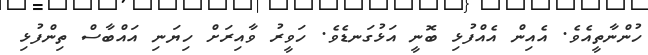
ހުންނާތީއެވެ. އެއިން އެއްފުޅި ބޮނީ އަޅުގަނޑެވެ. ހަވީރު ވާއިރަށް ހިޔަނި އައްބާސް ތިންފުޅި